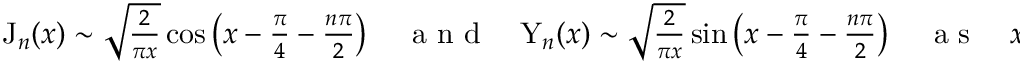
\begin{array} { r } { \mathrm { J } _ { n } ( x ) \sim \sqrt { \frac { 2 } { \pi x } } \cos \left( x - \frac { \pi } { 4 } - \frac { n \pi } { 2 } \right) \quad \mathrm { ~ a ~ n ~ d ~ } \quad \mathrm { Y } _ { n } ( x ) \sim \sqrt { \frac { 2 } { \pi x } } \sin \left( x - \frac { \pi } { 4 } - \frac { n \pi } { 2 } \right) \quad \mathrm { ~ a ~ s ~ } \quad x \rightarrow \infty , } \end{array}